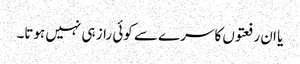
یا ان رفعتوں کا سرے سے کوئی راز ہی نہیں ہوتا۔